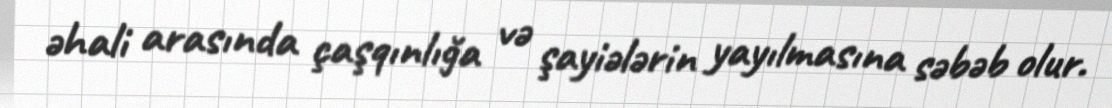
əhali arasında çaşqınlığa və şayiələrin yayılmasına səbəb olur.